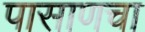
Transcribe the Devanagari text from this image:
पासाणचा